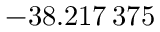
- 3 8 . 2 1 7 \, 3 7 5